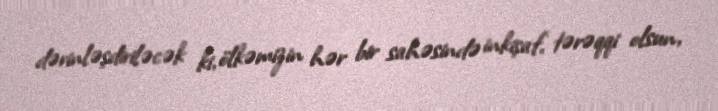
dərinləşdiriləcək ki, ölkəmizin hər bir sahəsində inkişaf, tərəqqi olsun,